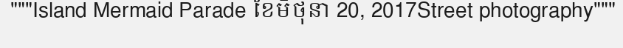
"""Island Mermaid Parade ខែមិថុនា 20, 2017Street photography"""